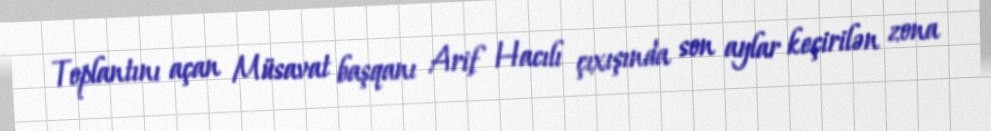
Toplantını açan Müsavat başqanı Arif Hacılı çıxışında son aylar keçirilən zona